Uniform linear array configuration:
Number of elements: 12
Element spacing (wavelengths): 1
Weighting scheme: exponential
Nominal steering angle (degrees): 0
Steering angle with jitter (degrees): -1.082
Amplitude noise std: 0.05
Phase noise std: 0.05

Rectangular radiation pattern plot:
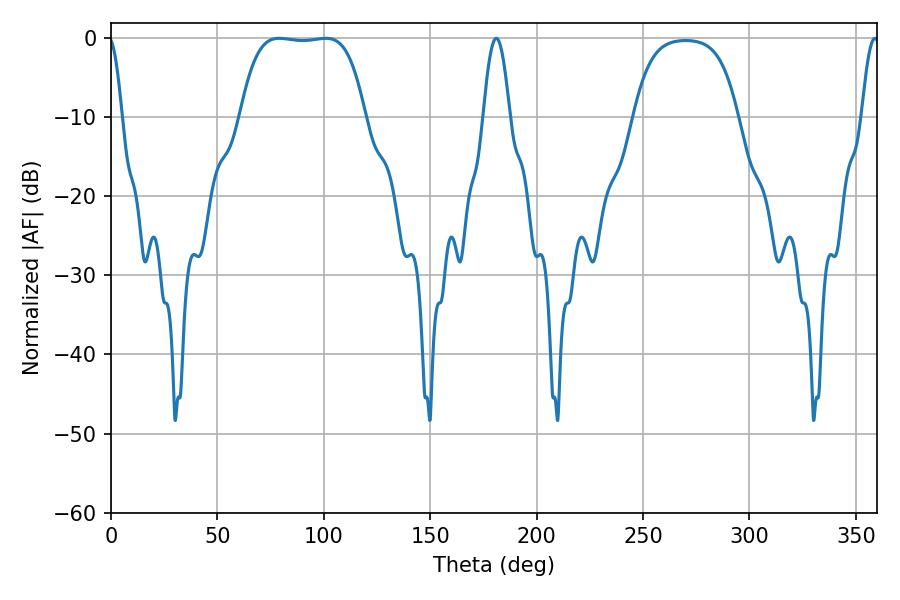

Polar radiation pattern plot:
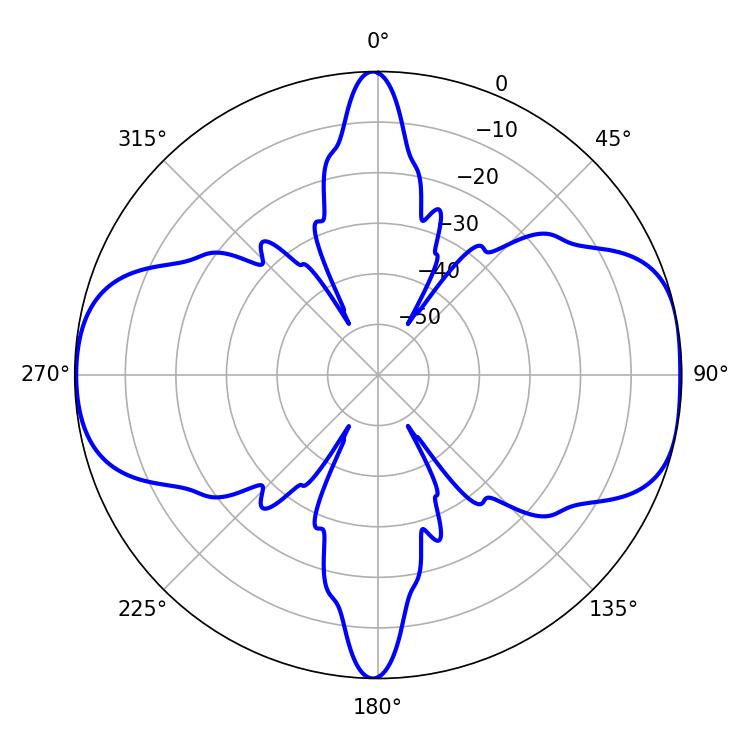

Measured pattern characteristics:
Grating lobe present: TRUE
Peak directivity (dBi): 9.573
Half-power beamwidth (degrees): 45.72
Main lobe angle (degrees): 79.02